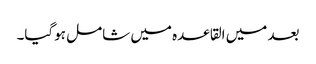
بعد میں القاعدہ میں شامل ہوگیا۔